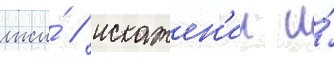
лжи́ / искажен'ии и́